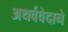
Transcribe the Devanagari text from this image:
अथर्ववेदाने